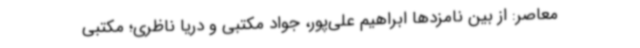
معاصر: از بین نامزدها ابراهیم علی‌پور، جواد مکتبی و دریا ناظری؛ مکتبی